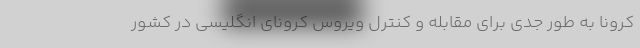
کرونا به طور جدی برای مقابله و کنترل ویروس کرونای انگلیسی در کشور